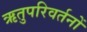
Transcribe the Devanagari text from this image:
ऋतुपरिवर्तनों